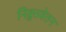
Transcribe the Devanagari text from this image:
निव्रुत्तवेतन